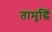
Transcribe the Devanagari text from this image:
तामृद्धिं